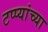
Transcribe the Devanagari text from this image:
टप्प्यांच्या